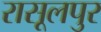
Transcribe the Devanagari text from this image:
रासूलपुर